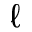
\ell